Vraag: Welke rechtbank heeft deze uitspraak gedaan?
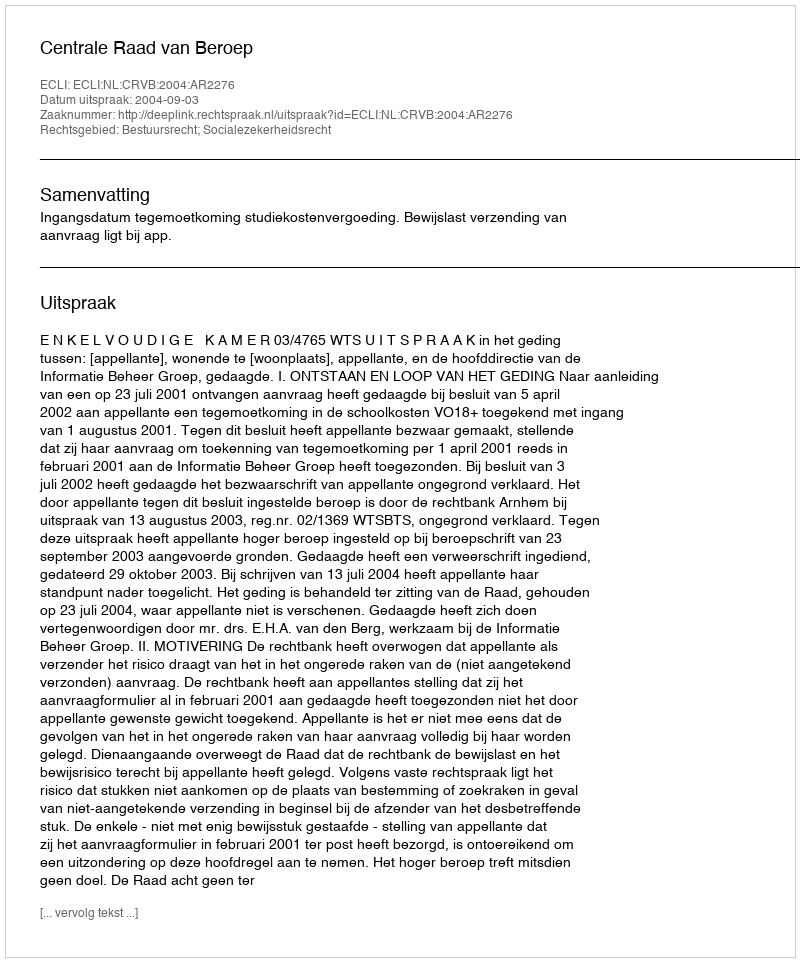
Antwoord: Centrale Raad van Beroep